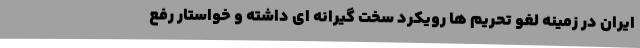
ایران در زمینه لغو تحریم ها رویکرد سخت گیرانه ای داشته و خواستار رفع